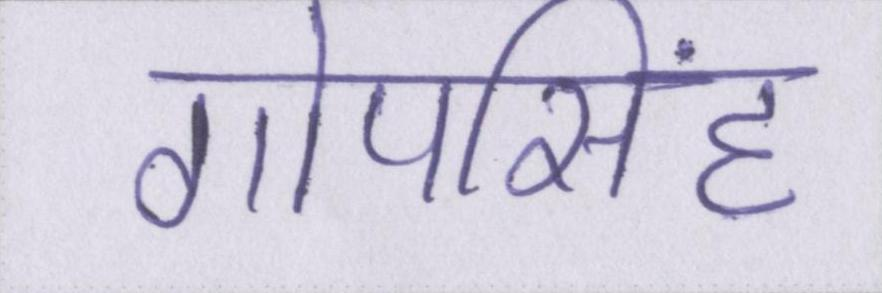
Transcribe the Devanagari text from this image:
गोपसिंह